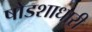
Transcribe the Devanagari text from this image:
षोडशाधारी